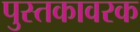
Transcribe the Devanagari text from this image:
पुस्तकावरक